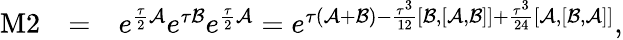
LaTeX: \begin{array}{rlr}{\mathrm{M}2}&{=}&{e^{\frac{\tau}{2}\mathcal{A}}e^{\tau\mathcal{B}}e^{\frac{\tau}{2}\mathcal{A}}=e^{\tau(\mathcal{A}+\mathcal{B})-\frac{\tau^{3}}{12}[\mathcal{B},[\mathcal{A},\mathcal{B}]]+\frac{\tau^{3}}{24}[\mathcal{A},[\mathcal{B},\mathcal{A}]]},}\end{array}